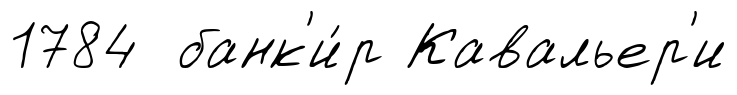
1784 банк'и́р Кавальер'и